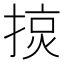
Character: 𢰍